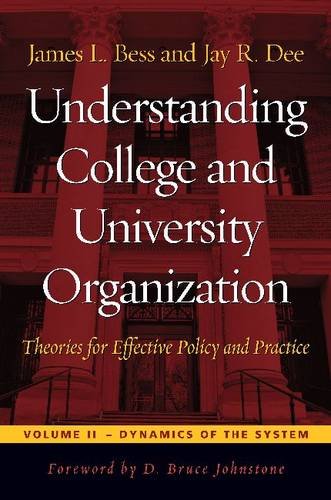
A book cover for Understanding College and University Organization: Theories for Effective Policy and Practice; James L. Bess; Education & Teaching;